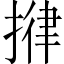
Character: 𢯰